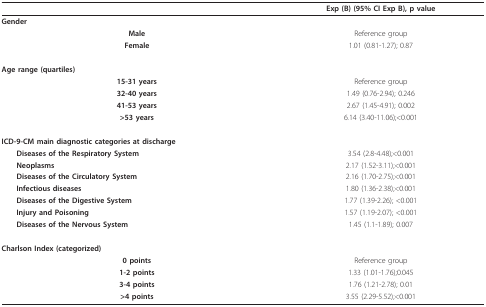
<table><thead><tr><td></td><td><b>Exp (B) (95% CI Exp B), p value</b></td></tr></thead><tbody><tr><td><b>Gender</b></td><td></td></tr><tr><td><b>Male</b></td><td>Reference group</td></tr><tr><td><b>Female</b></td><td>1.01 (0.81-1.27); 0.87</td></tr><tr><td><b>Age range (quartiles)</b></td><td></td></tr><tr><td><b>15-31 years</b></td><td>Reference group</td></tr><tr><td><b>32-40 years</b></td><td>1.49 (0.76-2.94); 0.246</td></tr><tr><td><b>41-53 years</b></td><td>2.67 (1.45-4.91); 0.002</td></tr><tr><td><b>&gt;53 years</b></td><td>6.14 (3.40-11.06);&lt;0.001</td></tr><tr><td><b>ICD-9-CM main diagnostic categories at discharge</b></td><td></td></tr><tr><td> <b>Diseases of the Respiratory System</b></td><td>3.54 (2.8-4.48);&lt;0.001</td></tr><tr><td> <b>Neoplasms</b></td><td>2.17 (1.52-3.11);&lt;0.001</td></tr><tr><td> <b>Diseases of the Circulatory System</b></td><td>2.16 (1.70-2.75);&lt;0.001</td></tr><tr><td> <b>Infectious diseases</b></td><td>1.80 (1.36-2.38);&lt;0.001</td></tr><tr><td> <b>Diseases of the Digestive System</b></td><td>1.77 (1.39-2.26); &lt;0.001</td></tr><tr><td> <b>Injury and Poisoning</b></td><td>1.57 (1.19-2.07); &lt;0.001</td></tr><tr><td> <b>Diseases of the Nervous System</b></td><td>1.45 (1.1-1.89); 0.007</td></tr><tr><td><b>Charlson Index (categorized)</b></td><td></td></tr><tr><td><b>0 points</b></td><td>Reference group</td></tr><tr><td><b>1-2 points</b></td><td>1.33 (1.01-1.76);0.045</td></tr><tr><td><b>3-4 points</b></td><td>1.76 (1.21-2.78); 0.01</td></tr><tr><td><b>&gt;4 points</b></td><td>3.55 (2.29-5.52);&lt;0.001</td></tr></tbody></table>